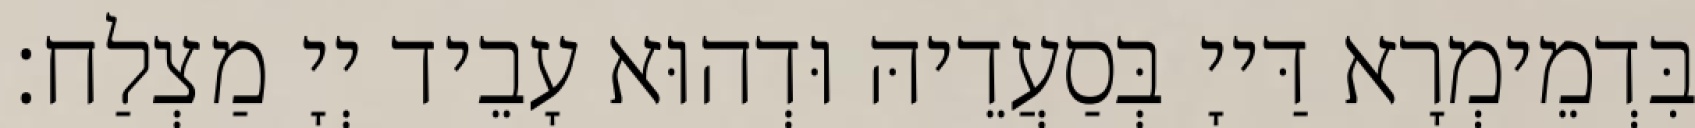
בִּדְמֵימְרָא דַּייָ בְּסַעֲדֵיהּ וּדְהוּא עָבֵיד יְיָ מַצְלַח׃